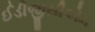
ઈડીજીસીએમ